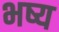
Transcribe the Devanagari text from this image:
भष्य